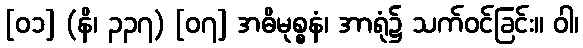
[၀၁] (နိ၊ ၃၃၇) [၀၇] အဓိမုစ္စနံ၊ အာရုံ၌ သက်ဝင်ခြင်း။ ဝါ၊